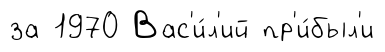
за 1970 Вас'и́л'ий пр'и́был'и